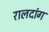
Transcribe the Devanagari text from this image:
रालदांग